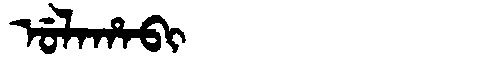
Manchu: ᡠᠯᠠᡥᠠᠪᡳ
Romanization: ULAHABI